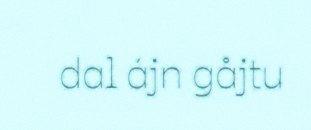
dal ájn gåjtu